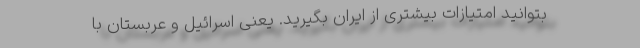
بتوانید امتیازات بیشتری از ایران بگیرید. یعنی اسرائیل و عربستان با